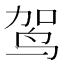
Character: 𫛤